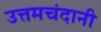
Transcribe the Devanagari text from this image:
उत्तमचंदानी